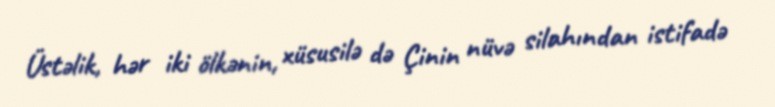
Üstəlik, hər iki ölkənin, xüsusilə də Çinin nüvə silahından istifadə